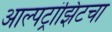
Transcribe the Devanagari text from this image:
आल्पट्रांझिटचा